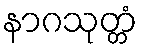
နာဂသုတ္တံ